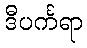
ဒီပင်္ကရာ